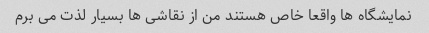
نمایشگاه ها واقعا خاص هستند من از نقاشی ها بسیار لذت می برم